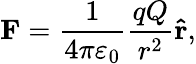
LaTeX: \mathbf{F}={\frac{1}{4\pi\varepsilon_{0}}}{\frac{qQ}{r^{2}}}\mathbf{\hat{r}},